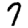
Digit: 7